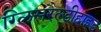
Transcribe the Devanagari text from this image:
ग्लिसरैल्डीहाइड